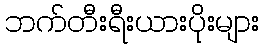
ဘက်တီးရီးယားပိုးများ